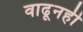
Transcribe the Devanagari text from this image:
वाढूनही